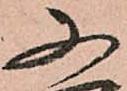
又